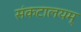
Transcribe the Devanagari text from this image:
संकटालयम्